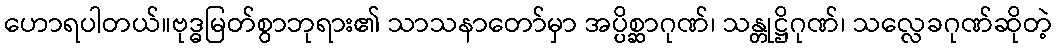
ဟောရပါတယ်။ဗုဒ္ဓမြတ်စွာဘုရား၏ သာသနာတော်မှာ အပ္ပိစ္ဆာဂုဏ်၊ သန္တုဋ္ဌိဂုဏ်၊ သလ္လေခဂုဏ်ဆိုတဲ့